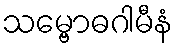
သမ္ဗောဓဂါမီနံ